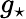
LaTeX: g_{\star}